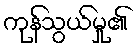
ကုန်သွယ်မှု၏